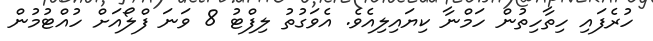
ހުރެފައި ހިތާހިތުން ހަމްނާ ކިޔައިލިއެވެ. އެވަގުތު ލިފްޓު 8 ވަނަ ފްލޯއަށް ހުއްޓުމުން